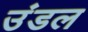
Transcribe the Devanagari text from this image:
उंडल